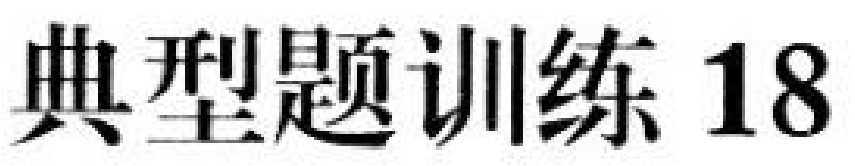
典型题训练 18